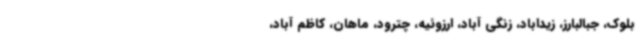
بلوک، جبالبارز، زیداباد، زنگی آباد، ارزوئیه، چترود، ماهان، کاظم آباد،